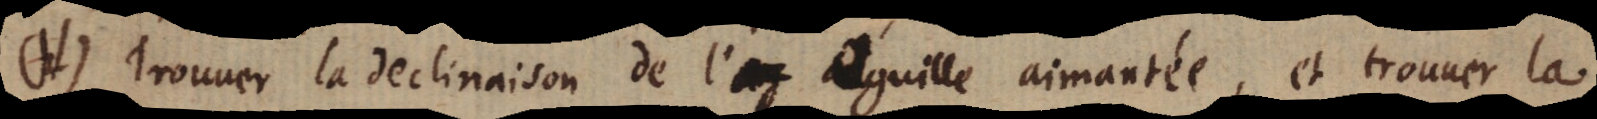
(II) Trouuer la declinaison de l’ l’éguille aimantée, et trouuer la